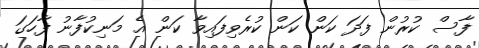
ފާސް ކުރުން ފަދަ ކަން ކަން ކުރެވިފައިވާ ކަން އެ މަނިކުފާނު ފާހަގަ